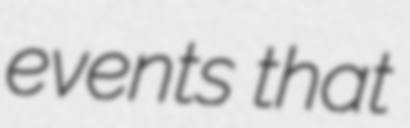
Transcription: events that